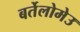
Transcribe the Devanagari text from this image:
बर्तेलोमेउ